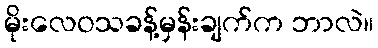
မိုးလေဝသခန့်မှန်းချက်က ဘာလဲ။